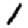
Digit: 1